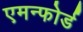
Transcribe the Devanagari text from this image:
एमन्फोर्ड